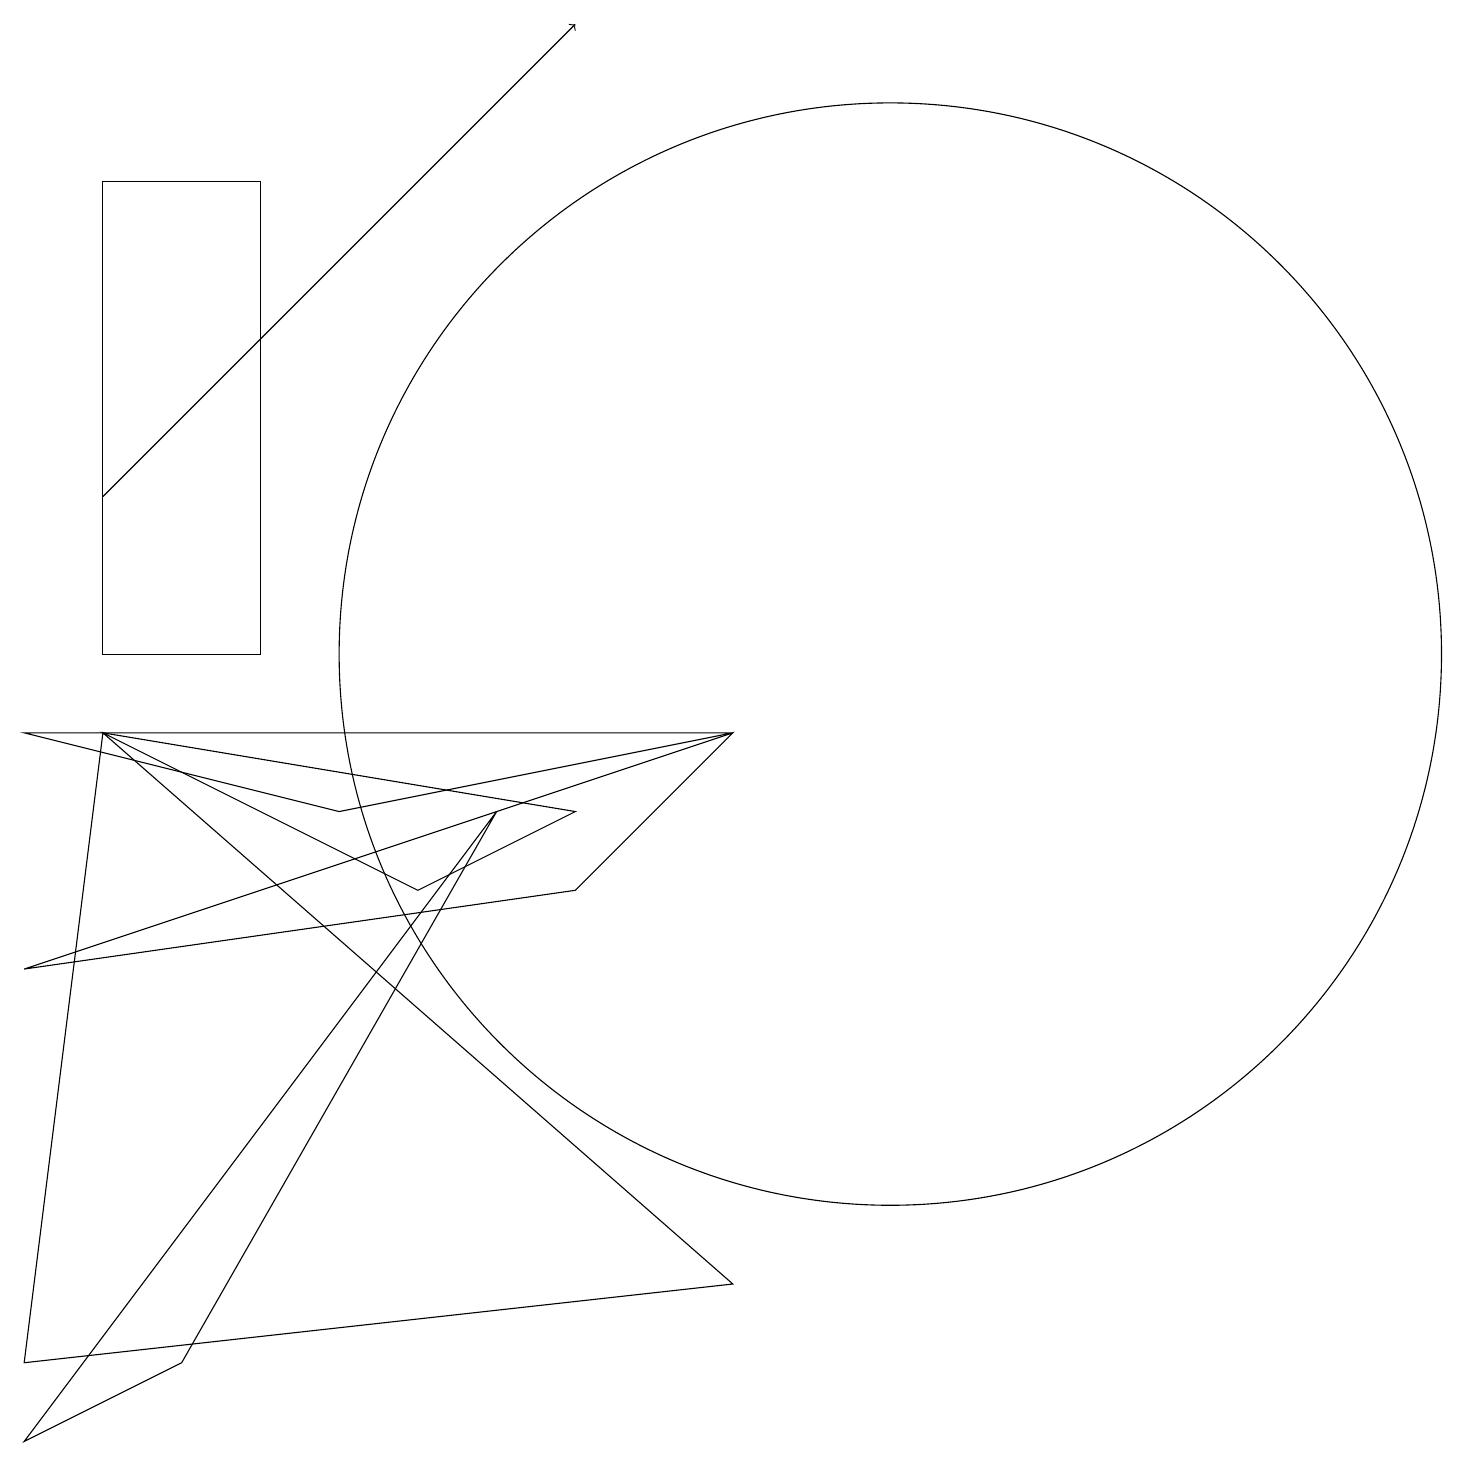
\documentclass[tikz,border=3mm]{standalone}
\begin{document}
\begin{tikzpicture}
\draw (11,10) circle (7);
\draw (1,9) -- (9,2) -- (0,1) -- cycle;
\draw (0,6) -- (7,7) -- (9,9) -- cycle;
\draw (9,9) -- (4,8) -- (0,9) -- cycle;
\draw[->] (1,12) -- (7,18);
\draw (2,1) -- (0,0) -- (6,8) -- cycle;
\draw (1,16) rectangle (3,10);
\draw (5,7) -- (1,9) -- (7,8) -- cycle;
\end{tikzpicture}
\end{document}